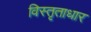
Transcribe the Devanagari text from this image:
विस्तृताधार